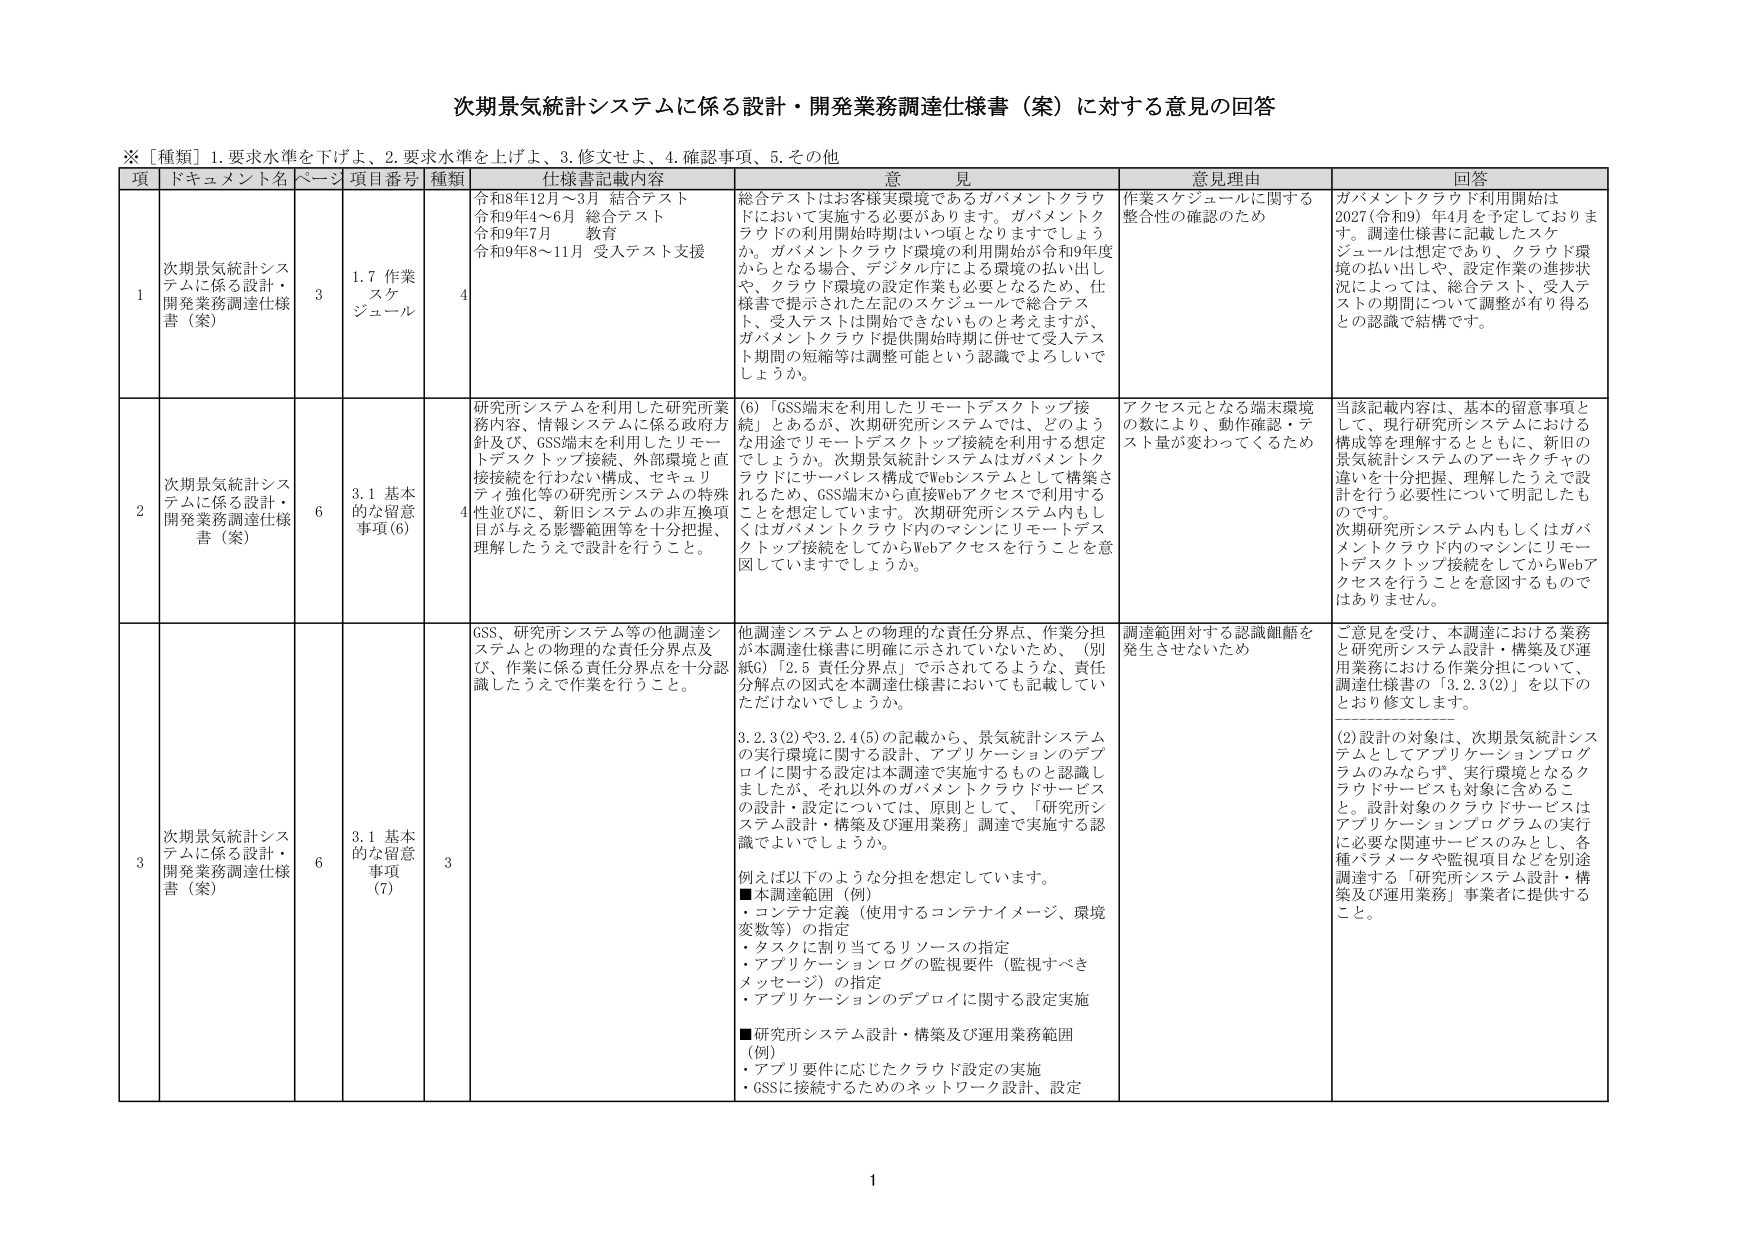
次期景気統計システムに係る設計・開発業務調達仕様書（案）に対する意見の回答

※［種類］1. 要求水準を下げよ、2. 要求水準を上げよ、3. 修正せよ、4. 確認事項、5. その他

項 ドキュメント名 ページ 項目番号 種類 仕様書記載内容 意見 意見理由 回答

1 次期景気統計システムに係る設計・開発業務調達仕様書（案） 3 1.7 作業スケジュール 4 令和8年12月～3月 結合テスト 令和9年4～6月 総合テスト 令和9年7月 教育 令和9年8～11月 受入テスト支援 総合テストはお客様実環境であるガバメントクラウドにおいて実施する必要があります。ガバメントクラウドの利用開始時期はいつ頃となりますでしょうか。ガバメントクラウド環境の利用開始が令和9年度からとなる場合、デジタル庁による環境の払い出しや、クラウド環境の設定作業も必要となるため、仕様書で提示された左記のスケジュールで総合テスト、受入テストは開始できないものと考えますが、ガバメントクラウド提供開始時期に併せて受入テスト期間の短縮等は調整可能という認識でよろしいでしょうか。 作業スケジュールに関する整合性の確認のため ガバメントクラウド利用開始は2027（令和9）年4月を予定しておりま す。調達仕様書に記載したスケジュールは想定であり、クラウド環境の払い出しや、設定作業の進捗状況によっては、総合テスト、受入テストの期間について調整が有り得るとの認識で結構です。

2 次期景気統計システムに係る設計・開発業務調達仕様書（案） 6 3.1 基本的な留意事項(6) 4 研究所システムを利用した研究所業務内容、情報システムに係る政府方針及び、GSS端末を利用したリモートデスクトップ接続、外部環境と直接接続を行わない構成、セキュリティ強化等の研究所システムの特殊性並びに、新旧システムの非互換項目が与える影響範囲等を十分把握、理解したうえで設計を行うこと。 (6)「GSS端末を利用したリモートデスクトップ接続」とあるが、次期研究所システムでは、どのような用途でリモートデスクトップ接続を利用する想定でしょうか。次期景気統計システムはガバメントクラウドにサーバレス構成でWebシステムとして構築されるため、GSS端末から直接Webアクセスで利用することを想定しています。次期研究所システム内もしくはガバメントクラウド内のマシンにリモートデスクトップ接続をしてからWebアクセスを行うことを意図していますでしょうか。 アクセス元となる端末環境の数により、動作確認・テスト量が変わってくるため 当該記載内容は、基本的留意事項として、現行研究所システムにおける構成等を理解するとともに、新旧の景気統計システムのアーキテクチャの違いを十分把握、理解したうえで設計を行う必要性について明記したものです。次期研究所システム内もしくはガバメントクラウド内のマシンにリモートデスクトップ接続をしてからWebアクセスを行うことを意図するものではありません。

3 次期景気統計システムに係る設計・開発業務調達仕様書（案） 6 3.1 基本的な留意事項(7) 3 GSS、研究所システム等の他調達システムとの物理的な責任分界点及び、作業に係る責任分界点を十分認識したうえで作業を行うこと。 他調達システムとの物理的な責任分界点、作業分担が本調達仕様書に明確に示されていないため、（別紙6）「2.5 責任分界点」で示されてるような、責任分解点の図式を本調達仕様書においても記載していただけないでしょうか。 3.2.3(2)や3.2.4(5)の記載から、景気統計システムの実行環境に関する設計、アプリケーションのデプロイに関する設定は本調達で実施するものと認識しましたが、それ以外のガバメントクラウドサービスの設計・設定については、原則として、「研究所システム設計・構築及び運用業務」調達で実施する認識でよいでしょうか。 例えば以下のような分担を想定しています。 ■本調達範囲（例） ・コンテナ定義（使用するコンテナイメージ、環境変数等）の指定 ・タスクに割り当てるリソースの指定 ・アプリケーションログの監視要件（監視すべきメッセージ）の指定 ・アプリケーションのデプロイに関する設定実施 ■研究所システム設計・構築及び運用業務範囲（例） ・アプリ要件に応じたクラウド設定の実施 ・GSSに接続するためのネットワーク設計、設定 調達範囲対する認識齟齬を発生させないため ご意見を受け、本調達における業務と研究所システム設計・構築及び運用業務における作業分担について、調達仕様書の「3.2.3(2)」を以下のとおり修正します。 (2)設計の対象は、次期景気統計システムとしてのアプリケーションプログラムのみならず、実行環境となるクラウドサービスも対象に含めるこ と。設計対象のクラウドサービスはアプリケーションプログラムの実行に必要な関連サービスのみとし、各種パラメータや監視項目などを別途調達する「研究所システム設計・構築及び運用業務」事業者に提供すること。

1